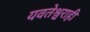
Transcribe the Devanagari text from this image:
यवतेश्वराही